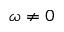
\omega \neq 0